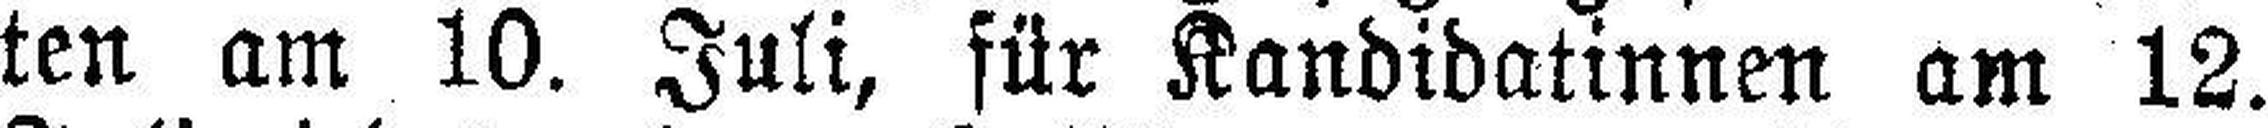
ten am 10. Juli, für Kandidatinnen am 12.